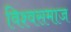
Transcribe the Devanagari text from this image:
विश्वसमाज